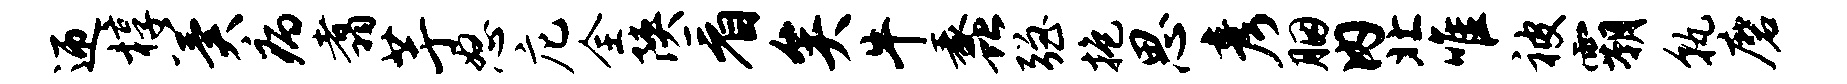
迎椁冀病翥芋怒庀全陕看矣牛蠡强抱思彦胭内北唯被霸孰磨